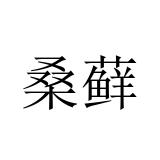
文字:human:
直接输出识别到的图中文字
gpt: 桑藓